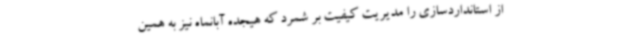
از استانداردسازی را مدیریت کیفیت بر شمرد که هیجده آبانماه نیز به همین